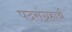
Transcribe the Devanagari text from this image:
पदसंग्रहार्थ